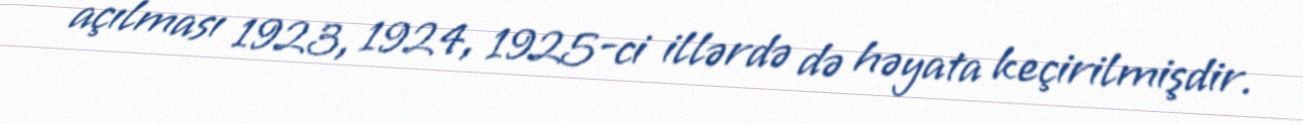
açılması 1923, 1924, 1925-ci illərdə də həyata keçirilmişdir.